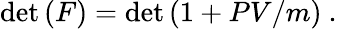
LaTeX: \operatorname*{det}{(F)}=\operatorname*{det}{(1+PV/m)}~.